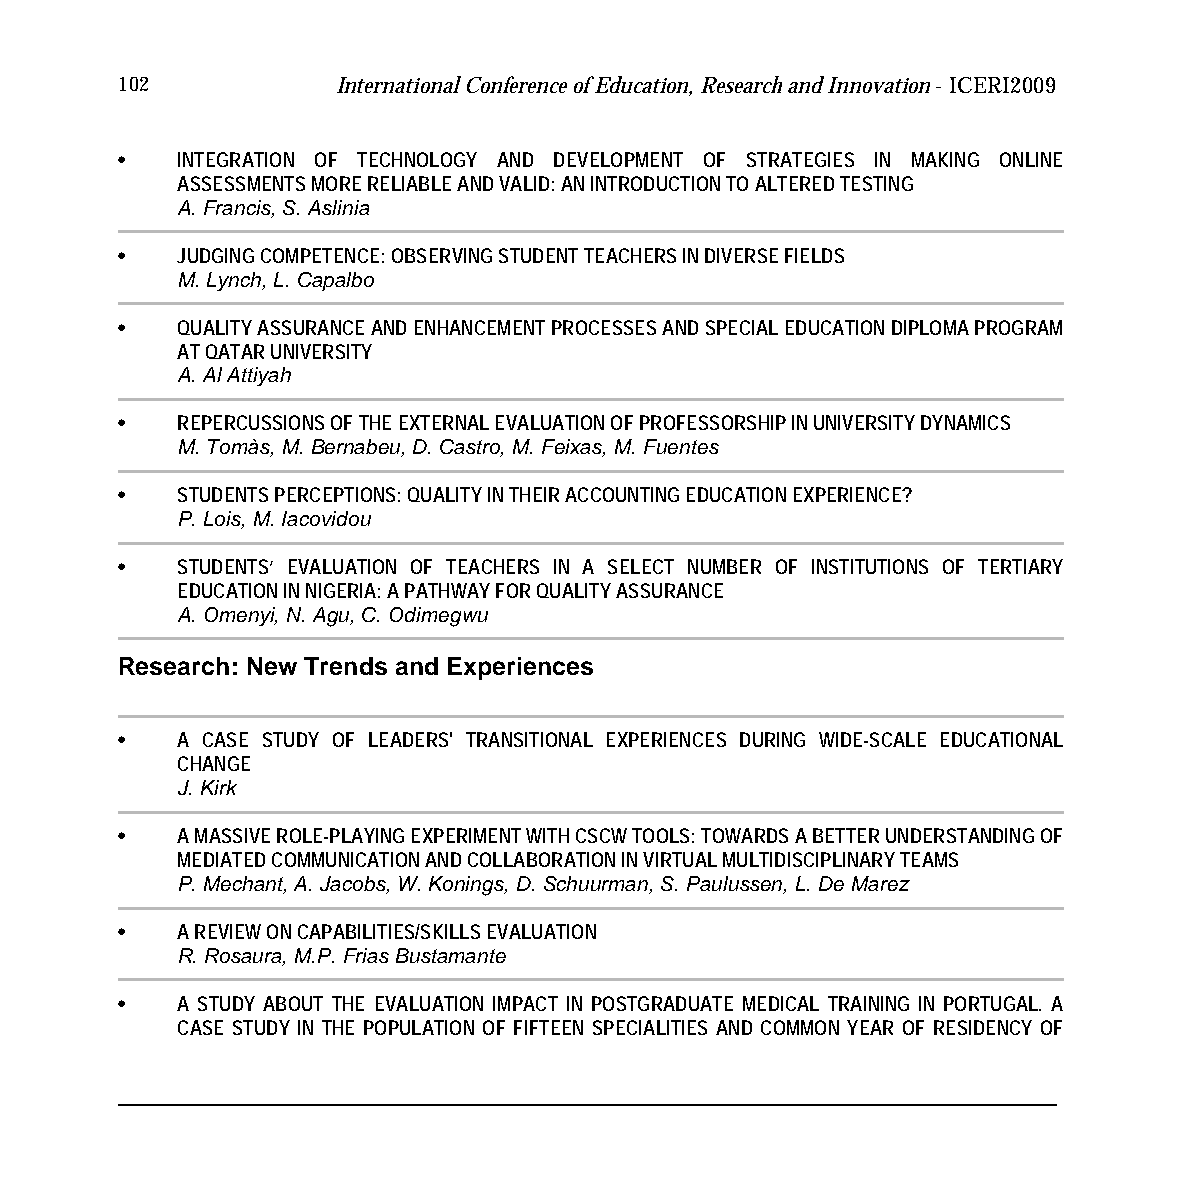
102           International Conference of Education, Research and Innovation - ICERI2009
 •   INTEGRATION OF TECHNOLOGY AND DEVELOPMENT OF STRATEGIES IN MAKING ONLINE
 ASSESSMENTS MORE RELIABLE AND VALID: AN INTRODUCTION TO ALTERED TESTING
 A. Francis, S. Aslinia
 •   JUDGING COMPETENCE: OBSERVING STUDENT TEACHERS IN DIVERSE FIELDS
 M. Lynch, L. Capalbo
 •   QUALITY ASSURANCE AND ENHANCEMENT PROCESSES AND SPECIAL EDUCATION DIPLOMA PROGRAM
 AT QATAR UNIVERSITY
 A. Al Attiyah
 •   REPERCUSSIONS OF THE EXTERNAL EVALUATION OF PROFESSORSHIP IN UNIVERSITY DYNAMICS
 M. Tomàs, M. Bernabeu, D. Castro, M. Feixas, M. Fuentes
 •   STUDENTS PERCEPTIONS: QUALITY IN THEIR ACCOUNTING EDUCATION EXPERIENCE?
 P. Lois, M. Iacovidou
 •   STUDENTS’ EVALUATION OF TEACHERS IN A SELECT NUMBER OF INSTITUTIONS OF TERTIARY
 EDUCATION IN NIGERIA: A PATHWAY FOR QUALITY ASSURANCE
 A. Omenyi, N. Agu, C. Odimegwu
 Research: New Trends and Experiences
 •   A CASE STUDY OF LEADERS' TRANSITIONAL EXPERIENCES DURING WIDE-SCALE EDUCATIONAL
 CHANGE
 J. Kirk
 •   A MASSIVE ROLE-PLAYING EXPERIMENT WITH CSCW TOOLS: TOWARDS A BETTER UNDERSTANDING OF
 MEDIATED COMMUNICATION AND COLLABORATION IN VIRTUAL MULTIDISCIPLINARY TEAMS
 P. Mechant, A. Jacobs, W. Konings, D. Schuurman, S. Paulussen, L. De Marez
 •   A REVIEW ON CAPABILITIES/SKILLS EVALUATION
 R. Rosaura, M.P. Frias Bustamante
 •   A STUDY ABOUT THE EVALUATION IMPACT IN POSTGRADUATE MEDICAL TRAINING IN PORTUGAL. A
 CASE STUDY IN THE POPULATION OF FIFTEEN SPECIALITIES AND COMMON YEAR OF RESIDENCY OF